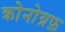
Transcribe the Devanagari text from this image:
क्रोनोग्रफ़